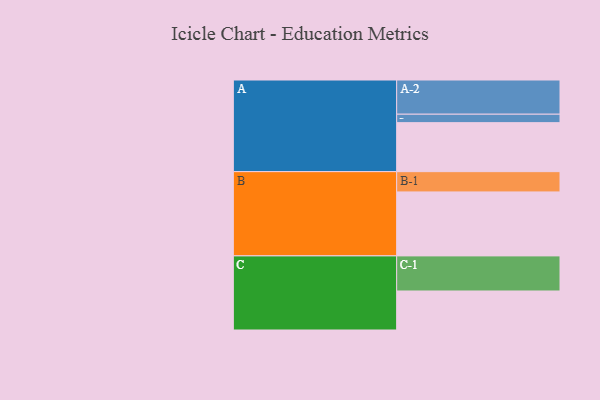
{"axis": {"x": "Segment", "y": "Value"}, "legend": ["", "A", "B", "C"], "data": [{"x": "A", "y": 377, "type": ""}, {"x": "B", "y": 492, "type": ""}, {"x": "C", "y": 300, "type": ""}, {"x": "A-1", "y": 65, "type": "A"}, {"x": "A-2", "y": 263, "type": "A"}, {"x": "B-1", "y": 156, "type": "B"}, {"x": "C-1", "y": 270, "type": "C"}]}